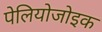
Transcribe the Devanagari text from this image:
पेलियोजोइक